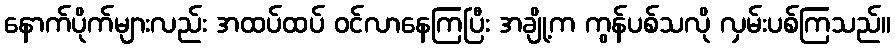
နောက်ပိုက်များလည်း အထပ်ထပ် ဝင်လာနေကြပြီး အချို့က ကွန်ပစ်သလို လှမ်းပစ်ကြသည်။